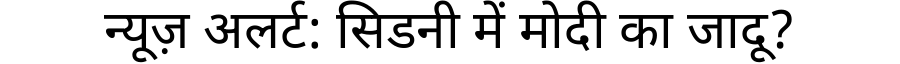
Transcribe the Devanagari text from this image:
न्यूज़ अलर्ट: सिडनी में मोदी का जादू?